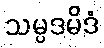
သမ္ပဒမိဒံ